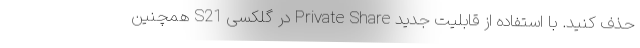
حذف کنید. با استفاده از قابلیت جدید Private Share در گلکسی S21 همچنین